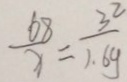
\frac { 6 8 } { x } = \frac { 3 ^ { 2 } } { 1 . 6 4 }